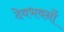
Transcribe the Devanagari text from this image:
देवभवनों